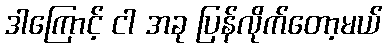
ဒါကြောင့် ငါ အခု ပြန်လိုက်တော့မယ်